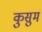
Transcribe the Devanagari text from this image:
कुसुमं